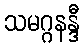
သမဂ္ဂနန္ဒီ